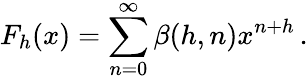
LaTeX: F_{h}(x)=\sum_{n=0}^{\infty}\beta(h,n)x^{n+h}\, .